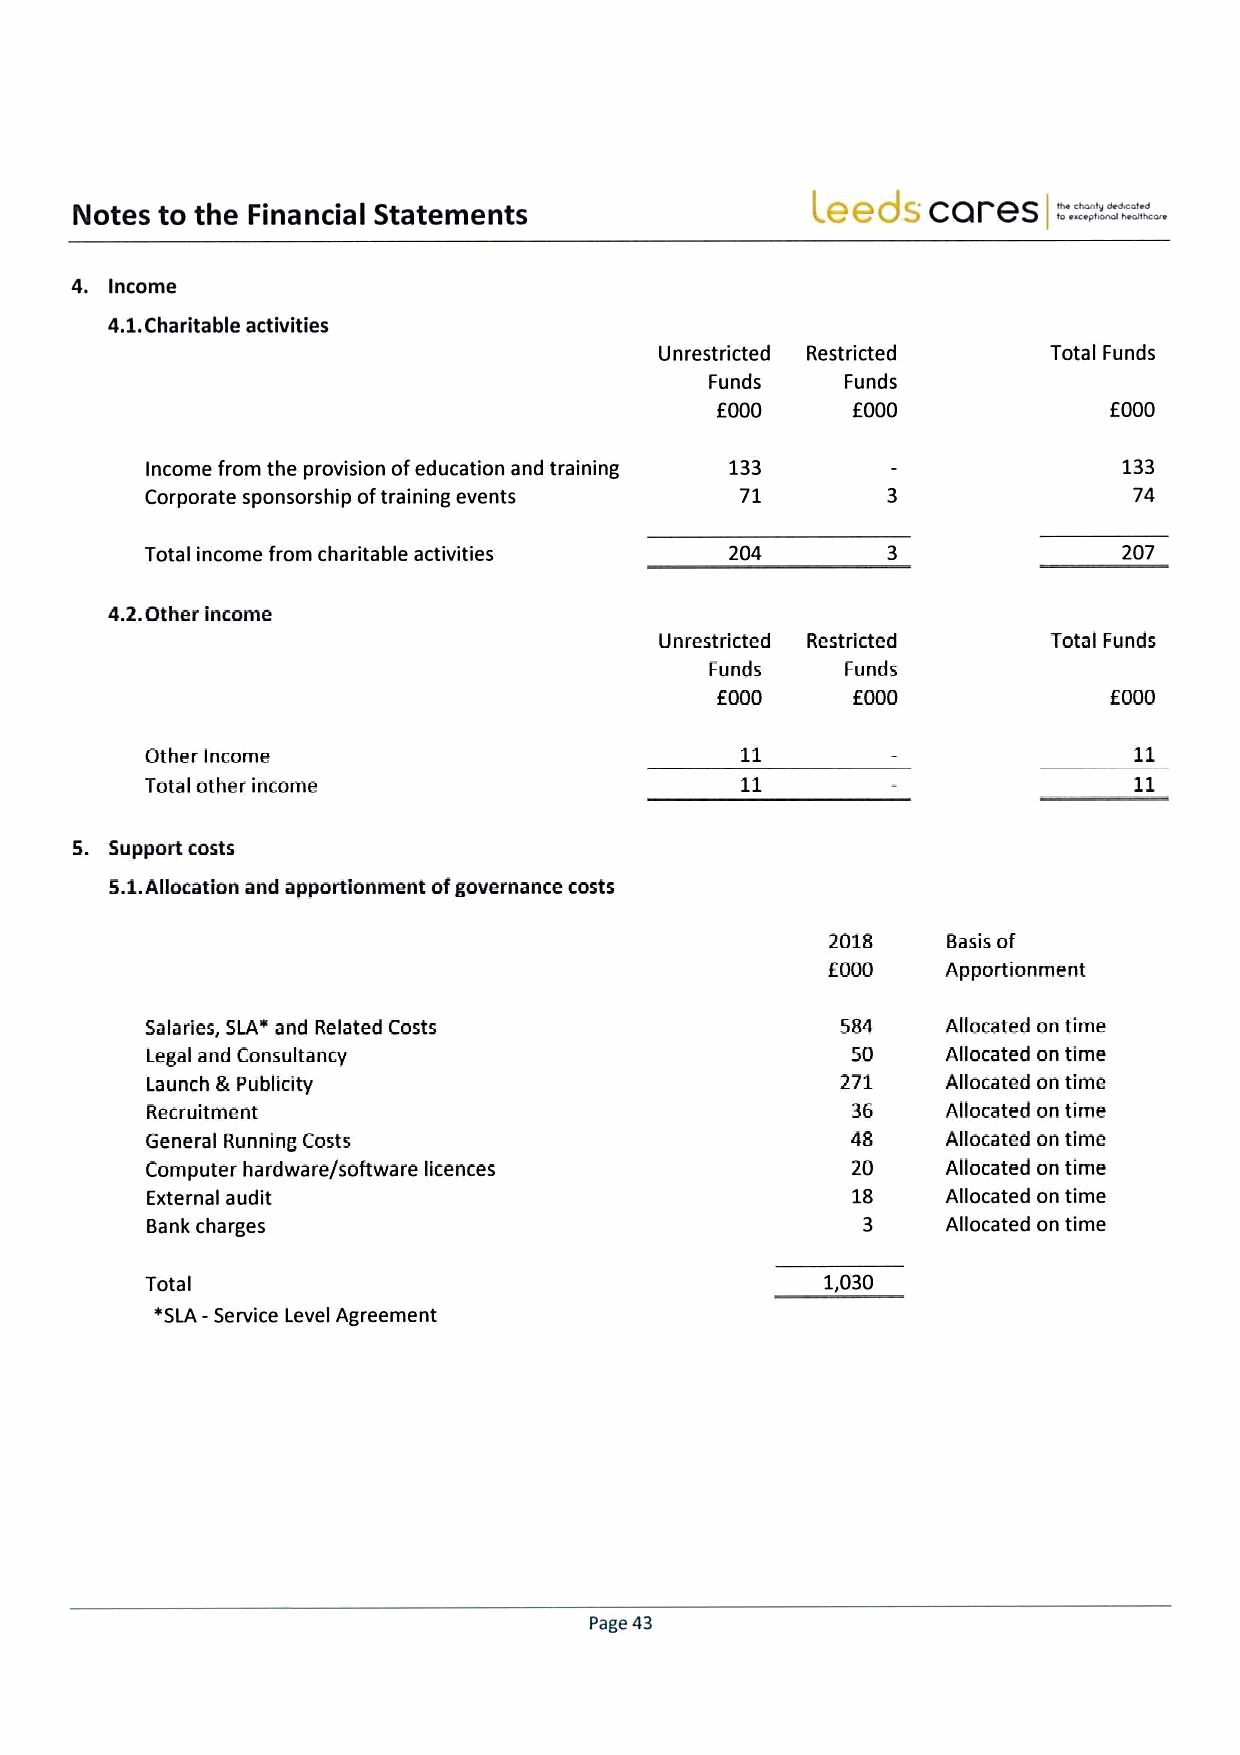
Nates to the Financial Statements
 Leeds   cares   =.=."=--
 4, Income
 4.1.
 Charitable activities
 Unrestricted Restdicted   Total Funds
 Funds    Funds
 f 000    f 000            f 000
 Income from the provision ofeducation and training 133          133
 Corporate sponsorship oftraining events 71                       74
 Total income from charitable activities 204                     207
 4.2.Other income
 Unrestricted Restricted   Total Funds
 Funds    Funds
 f000     f000             f000
 Other Income
 Total otherincorne
 S. Support costs
 5.1.Allocation and apportionment ofgovernance costs
 2018    Basis of
 f
 000    Apportionment
 Salaries, SLAv and Related Costs              584    Allocated on time
 Legal and Consultancy                         50     Allocated on time
 Launch &Publicity                             271    Allocated on time
 Recruitment                                   36     Allocated on time
 General Running Costs                         48     Allocated on time
 Computer hardware/software licences           20     Allocated on time
 External audit                                18     Allocated on time
 Bank charges                                   3     Allocated on time
 TotaI                                        1,030
 ISLA-Service Level Agreement
 Page 43